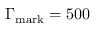
\Gamma _ { \mathrm { m a r k } } = 5 0 0